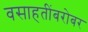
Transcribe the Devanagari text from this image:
वसाहतींबरोबर